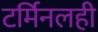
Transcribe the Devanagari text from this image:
टर्मिनलही